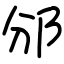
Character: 邠